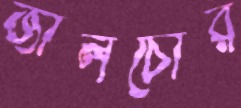
জালচোর